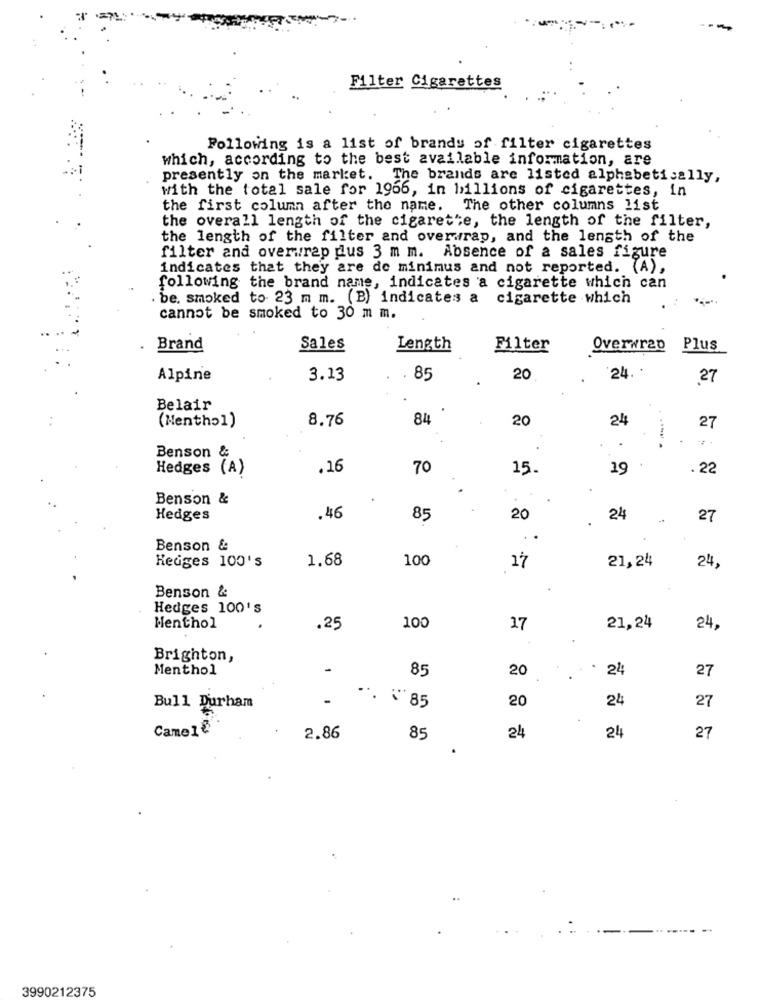
Filter Cigarettes
Following is a list of brands of filter cigarettes
which, according to the best available information, are
presently on the market. The brands are listed alphabetically,
with the total sale for 1966, in billions of cigarettes, in
the first column after the name. The other columns list
the overall length of the cigarette, the length of the filter,
the length of the filter and overwrap, and the length of the
filter and overwrap dus 3 m m. Absence of a sales figure
indicates that they are de minimus and not reported. (A),
following the brand name, indicates a cigarette which can
. be, smoked to 23 m m. (B) indicates a cigarette which
cannot be smoked to 30 m m.
Brand
Sales
Length
Filter
Overwrap
Plus
Alpine
3.13
. 85
20
24.
27
Belair
8.76
84
20
24
(Menthol)
27
Benson &
Hedges (A)
.16
70
15.
19
. 22
Benson &
Hedges
.46
85
20
24
27
Benson &
Hedges 100's
1.68
100
21,24
.
17
24,
Benson &
Hedges 100's
Menthol
.25
100
17
21,24
24,
Brighton,
Menthol
-
85
20
: 24
27
24
27
Bull Durham
.. 85
20
Camel&
24
2.86
85
24
27
3990212375